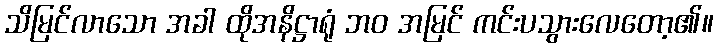
သိမြင်လာသော အခါ ထိုအနိဋ္ဌာရုံ ဘဝ အမြင် ကင်းပသွားလေတော့၏။